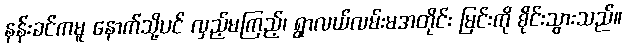
နန်းခင်ကမူ နောက်သို့ပင် လှည့်မကြည့်၊ ရွာလယ်လမ်းမအတိုင်း မြင်းကို စိုင်းသွားသည်။